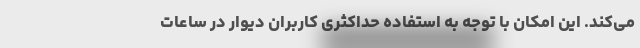
می‌کند. این امکان با توجه به استفاده حداکثری کاربران دیوار در ساعاتِ